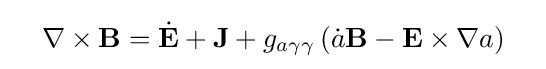
\quad \nabla \times \mathbf {B} ={\dot {\mathbf {E} }}+\mathbf {J} +g_{a\gamma \gamma }\left({\dot {a}}\mathbf {B} -\mathbf {E} \times \nabla a\right)\quad